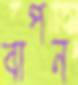
বাপন